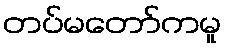
တပ်မတော်ကမူ